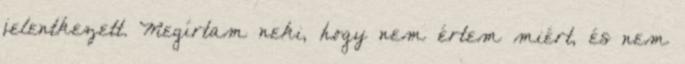
jelentkezett. Megírtam neki, hogy nem értem miért, és nem